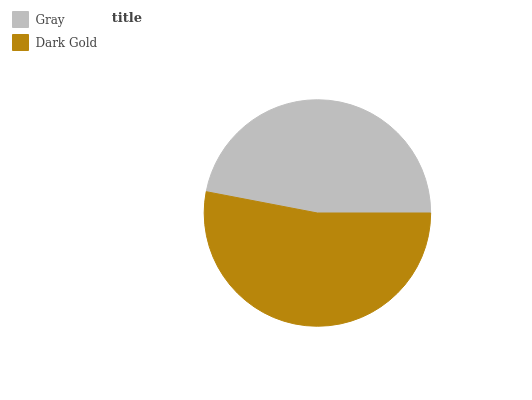
| Gray | Dark Gold |
 | --- | --- |
 | 47% | 53% |